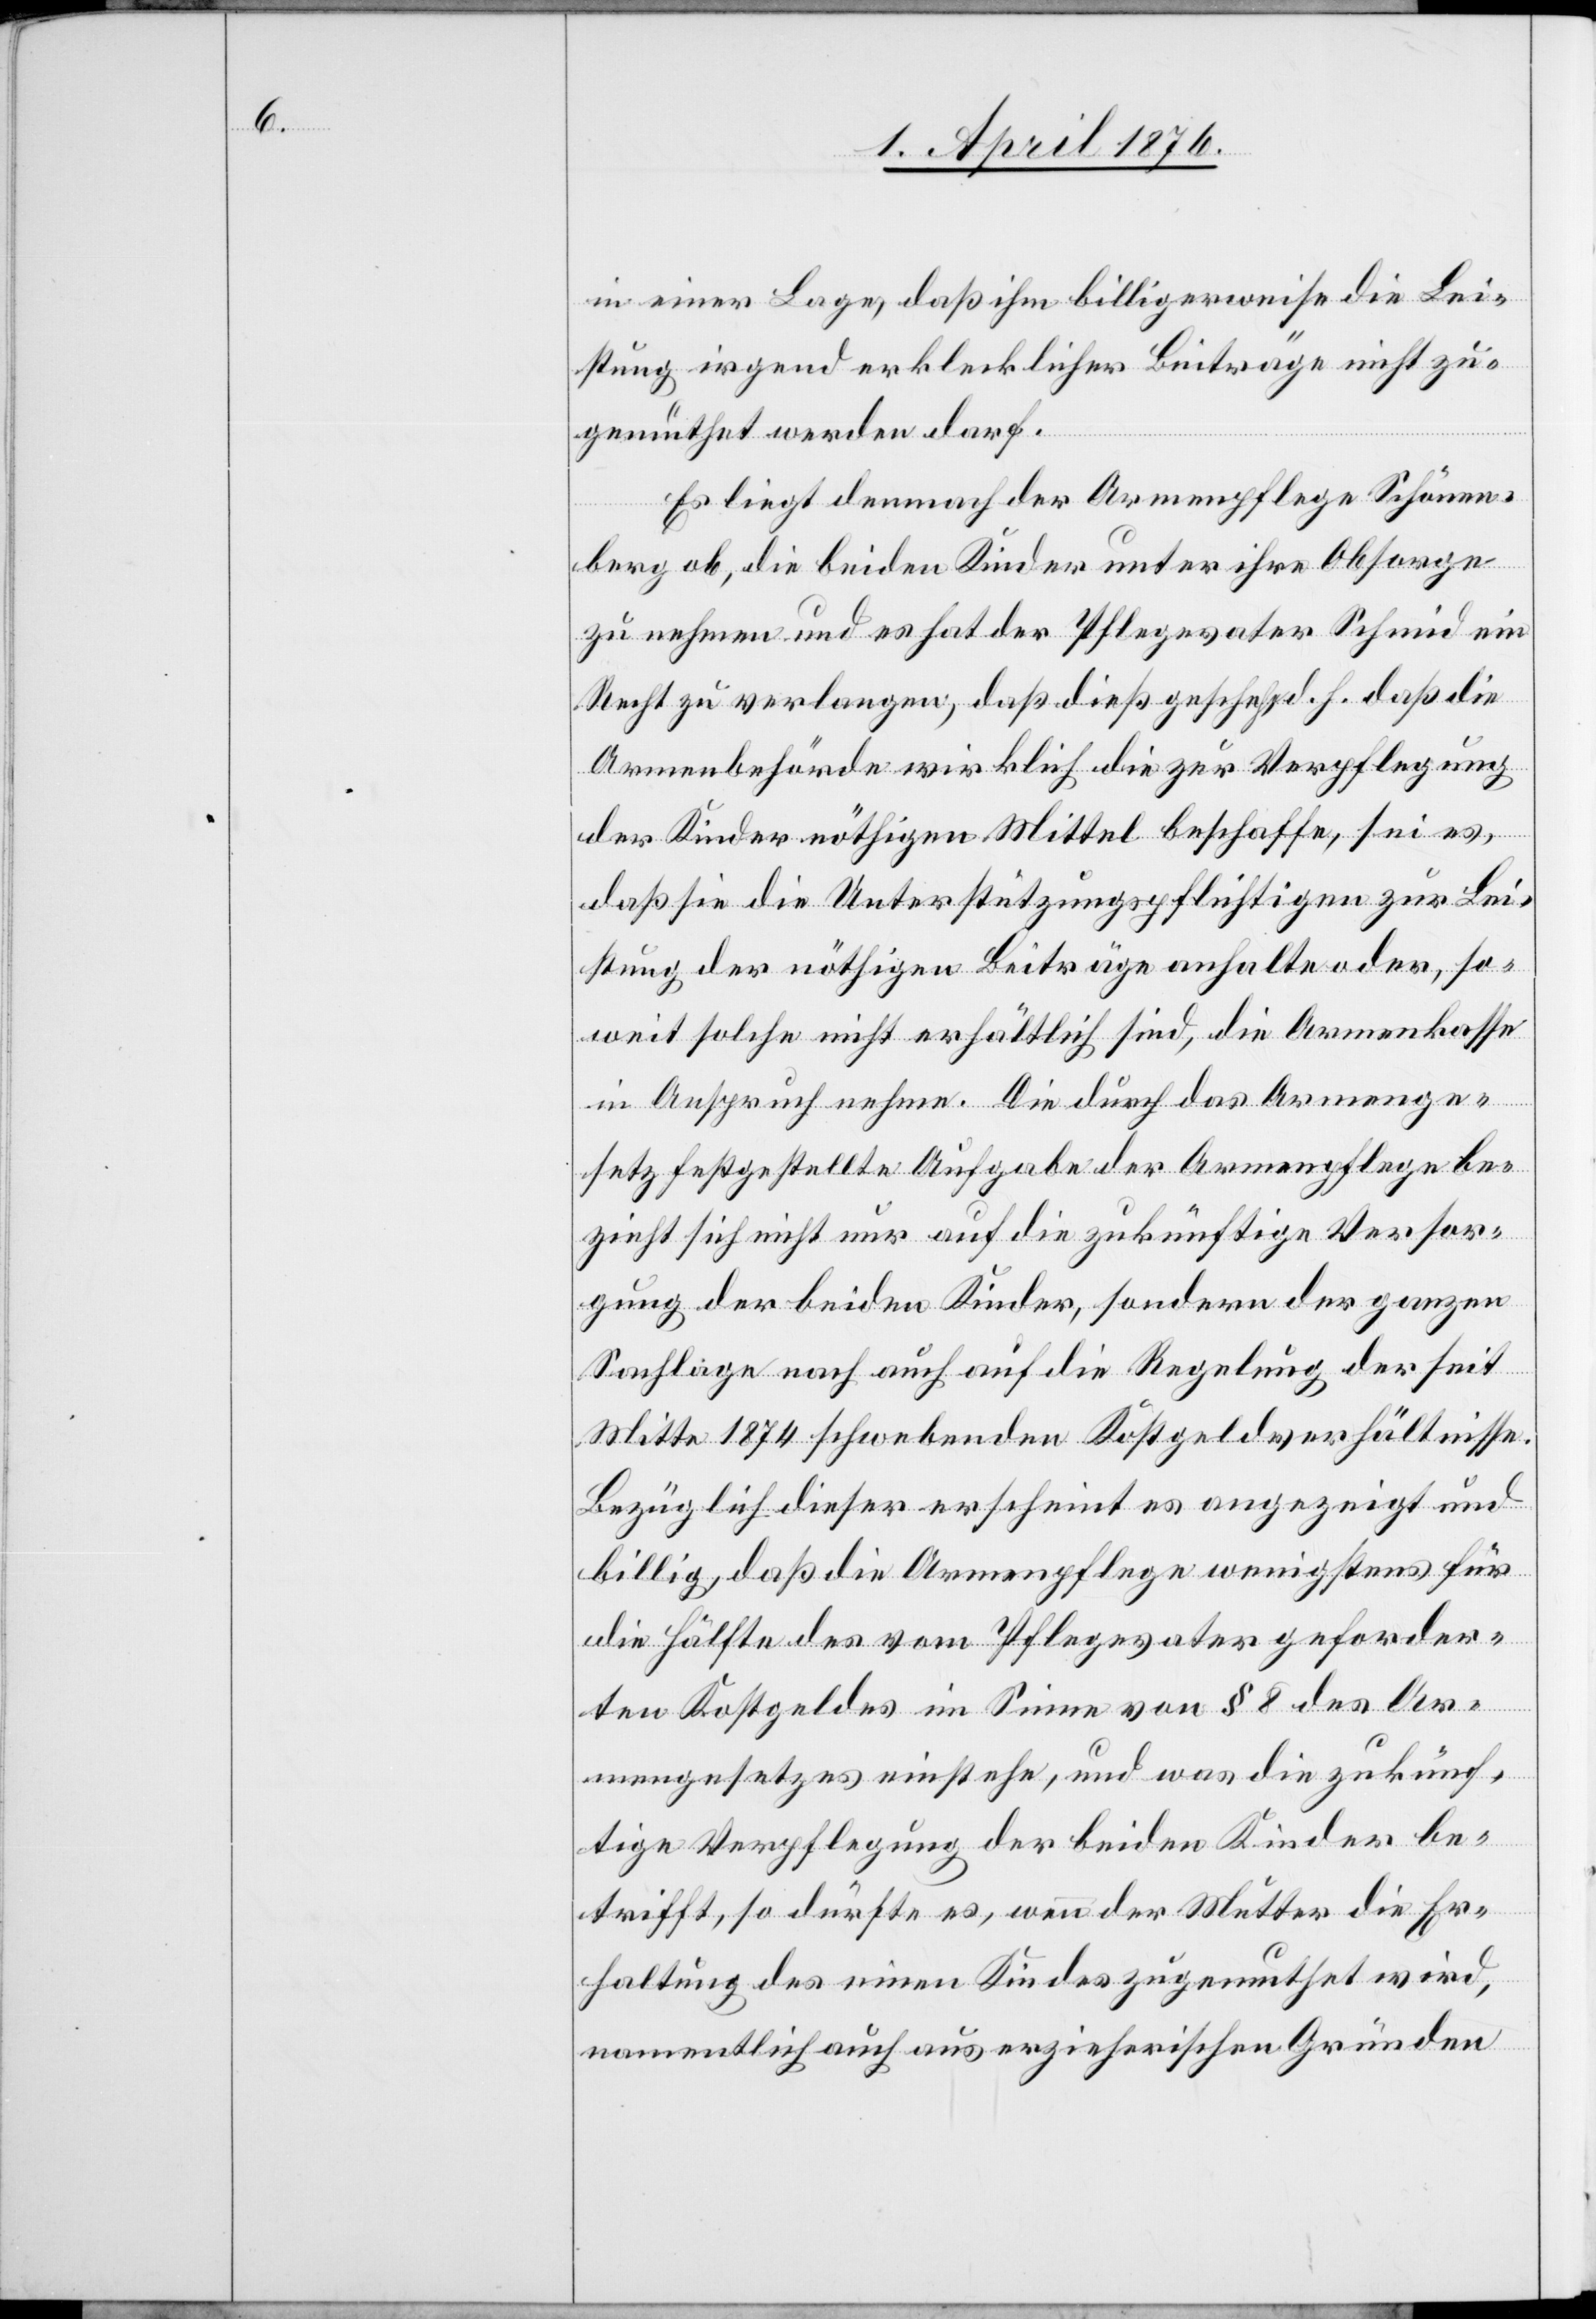
in einer Lage, daß ihm billigerweise die Lei¬
stung irgend erklecklicher Beiträge nicht zu¬
gemuthet werden darf.
Es liegt demnach der Armenpflege Schönen¬
bergs ob, die beiden Kinder unter ihre Obsorge
zu nehmen und hat der Pflegevater Schmid ein
Recht zu verlangen, daß dieß geschehe, d. h. daß die
Armenbehörde wirklich die zur Verpflegung
der Kinder nöthigen Mittel beschaffe, sei es,
daß sie die Unterstützungspflichtigen zur Lei¬
stung der nöthigen Beiträge anhalte oder, so¬
weit solche nicht erhältlich sind, die Armenkasse
in Anspruch nehme. Die durch das Armenge¬
setz festgestellte Aufgabe der Armenpflege be¬
zieht sich nicht nur auf die zukünftige Versor¬
gung der beiden Kinder, sondern der ganzen
Sachlage nach auch auf die Regelung der seit
Mitte 1874 schwebenden Kostgeldverhältnisse.
Bezüglich dieser erscheint es angezeigt und
billig, daß die Armenpflege wenigstens für
die Hälfte des vom Pflegevater geforder¬
ten Kostgeldes im Sinne von § 8 des Ar¬
mengesetzes einstehe, und was die zukünf¬
tige Verpflegung der beiden Kinder be¬
trifft, so dürfte es, wenn der Mutter die Er¬
haltung des einen Kindes zugemuthet wird,
namentlich auch aus erzieherischen Gründen